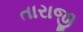
તારાજી